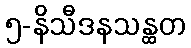
၅-နိသီဒနသန္ထတ